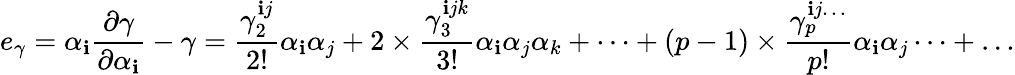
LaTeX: e_{\gamma}=\alpha_{\mathbf{i}}\frac{{\partial\gamma}}{{\partial\alpha_{\mathbf{i}}}}-\gamma=\frac{{\gamma_{2}^{\mathbf{i}j}}}{{2!}}\alpha_{\mathbf{i}}\alpha_{j}+2\times\frac{{\gamma_{3}^{\mathbf{i}jk}}}{{3!}}\alpha_{\mathbf{i}}\alpha_{j}\alpha_{k}+\dots+(p-1)\times\frac{{\gamma_{p}^{\mathbf{i}j\dots}}}{{p!}}\alpha_{\mathbf{i}}\alpha_{j}\dots+\dots